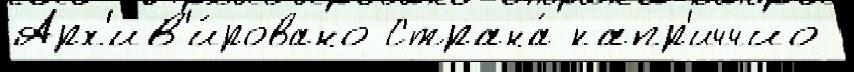
Арх'ив'и́ровано Страна́ капр'иччио